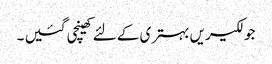
جو لکیریں بہتری کے لئے کھینچی گئیں ۔